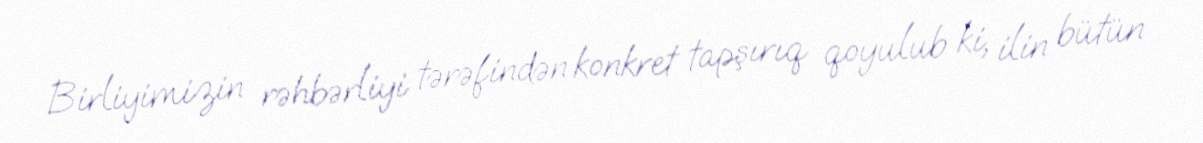
Birliyimizin rəhbərliyi tərəfindən konkret tapşırıq qoyulub ki, ilin bütün